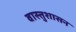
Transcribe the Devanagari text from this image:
वास्तुशासन